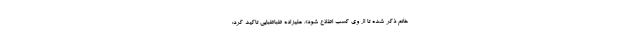
خانم ذکر شده تا از وی کسب اطلاع شود». علیزاده طباطبایی تاکید کرد: